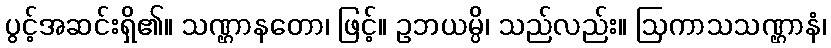
ပွင့်အဆင်းရှိ၏။ သဏ္ဌာနတော၊ ဖြင့်။ ဥဘယမ္ပိ၊ သည်လည်း။ ဩကာသသဏ္ဌာနံ၊